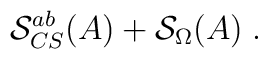
\mathcal{S}_{CS}^{ab}(A)+\mathcal{S}_\Omega (A)\;.